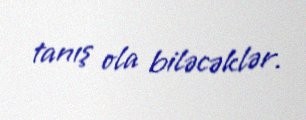
tanış ola biləcəklər.